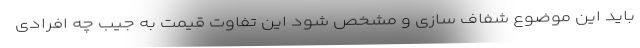
باید این موضوع شفاف سازی و مشخص شود این تفاوت قیمت به جیب چه افرادی